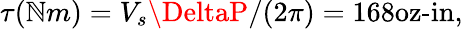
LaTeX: \tau(\mathbb{N}m)=V_{s}\DeltaP/(2\pi)=168\textrm{{oz-in,}}